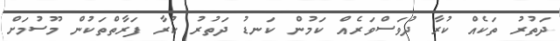
ދަތުރު ތަކެއް ކުރާ ދުވަސްވަރެއް ކަމުން ކަނޑު ދަތުރު ކުރާ ފަރާތްތަކުން މޫސުމަށް